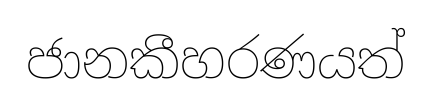
ජානකීහරණයත්